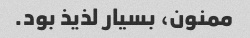
ممنون، بسیار لذیذ بود.